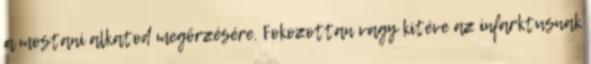
a mostani alkatod megőrzésére. Fokozottan vagy kitéve az infarktusnak